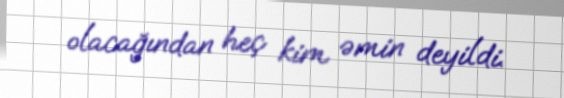
olacağından heç kim əmin deyildi.